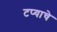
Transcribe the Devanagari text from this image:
टप्याचे